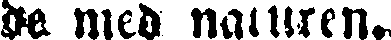
de med naturen.